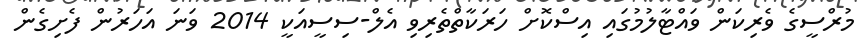
މުރްސީގެ ވެރިކަން ވައްޓާލުމުގައި އިސްކޮށް ހަރަކާތްތެރިވި އެލް-ސިސީއަކީ 2014 ވަނަ އަހަރުން ފެށިގެން